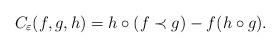
LaTeX: \begin{align*} C_{\varepsilon} (f, g, h) = h \circ (f \prec g) - f (h \circ g) . \end{align*}